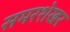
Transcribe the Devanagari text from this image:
समरशेखर